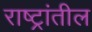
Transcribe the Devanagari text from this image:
राष्ट्रांतील